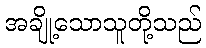
အချို့သောသူတို့သည်